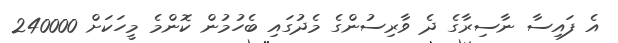
އެ ފައިސާ ނާސިރާގެ ދެ ވާރިސުންގެ މެދުގައި ބެހުމުން ކޮންމެ މީހަކަށް 240000